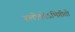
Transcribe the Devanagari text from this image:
श्लोकोऽभिगीतो